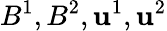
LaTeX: B^{1},B^{2},\mathbf{u}^{1},\mathbf{u}^{2}